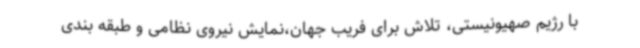
با رژیم صهیونیستی، تلاش برای فریب جهان،نمایش نیروی نظامی و طبقه بندی